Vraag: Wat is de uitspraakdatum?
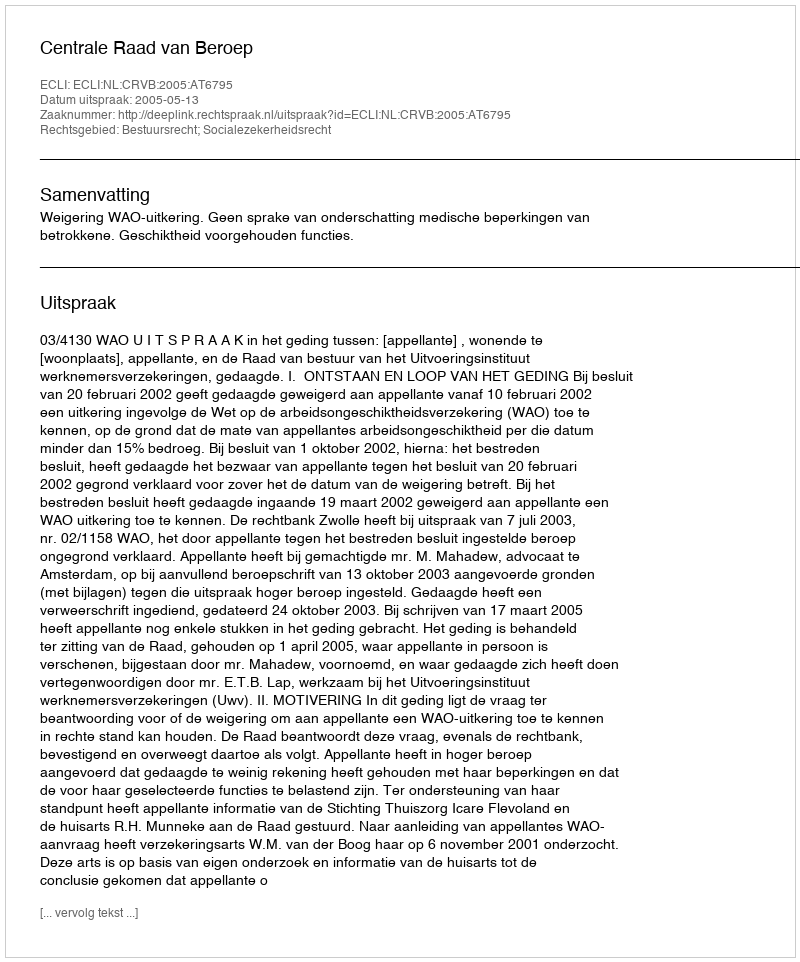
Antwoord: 2005-05-13